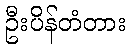
ဦးပိန်တံတား